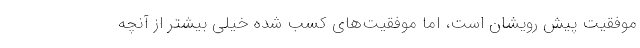
موفقیت پیش رویشان است، اما موفقیت‌های کسب شده خیلی بیشتر از آنچه